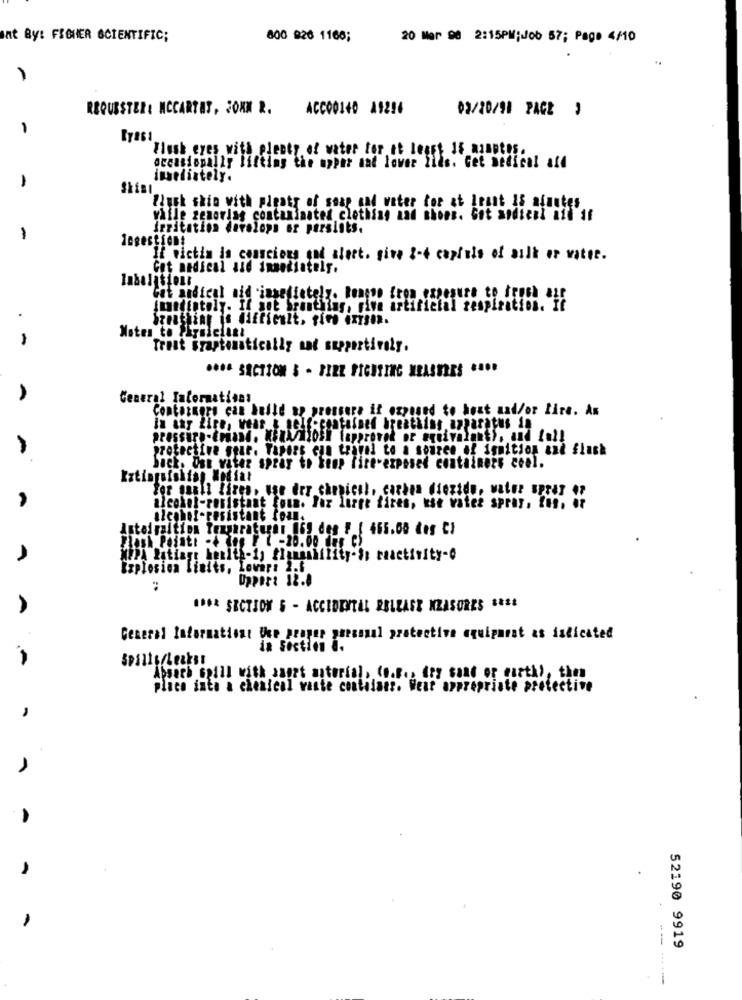
Int By: FISHER SCIENTIFIC;
800 826 1168;
20 Mar 98 2:15PM;Job 57; Page 4/10
1
REQUESTER: MCCARTAT, SOKM R. ACCO0140 A92!4
03/20/98 PAGE '
-
Flush eyes with plenty of water for at least 15 minutos.
occasionally lifting the upper and lower Ilds. Get medical ale
-
inselintely.
Skist
Pluk skin with plenty of soap and water for at least Is afautes
while zenorlas contaminated clothing and shoes. Got andtenl aft if
Irritation develops er persists.
-
If victim in conscious and alert. give 2-4 cupfuls of ailk er water.
Got medical and immediately.
Gat andical nid insediately. Roneso fron exposure to fresh air
Imediatoly. If ant bronthing, Five artificial respiration. It
.
-
Notes to Physician!
Treat Sraptematically and supportively.
**** SECTION 3 - FIRE FIGHTING MEASURES ....
General Informations
Contornars can build up pressure if exposed to host and/or lire. An
In car Zire, wear & self-contained breathing apparatus in
protective suur. Vipers con travel to a source of ignition and flash
back. Ost vater spray to keep fire-exposed containers cool.
Extinguishist Modiat
For naall fires. use der chmical, carbon diezide, walne spray 47
alcohol-resistant foua. Faz luret fires, use vateż spray, Ius. or
alcohol-resistant foun.
Inteiraition Texgaraturan 069 des F [ 465.00 des C)
Flash Pointt -4 Lep F 7 -20.00 Han C)
MYPh Rating: health-1) flunsibility-S: taactivity-o
Explosion Finits, Lowara 2.5
Upper: 12.0
IDO& SECTION 5 - ACCIDENTAL RELEASE MEASURES CASE
General Informationt Use prague guessnal protective aquiparat as indicated
Absorb spill with zappt arterial, (o.s ., fry sand or earth), then
place into a chemical vaste contilanr. Weat appropriate protective
52190 9919
-- ----